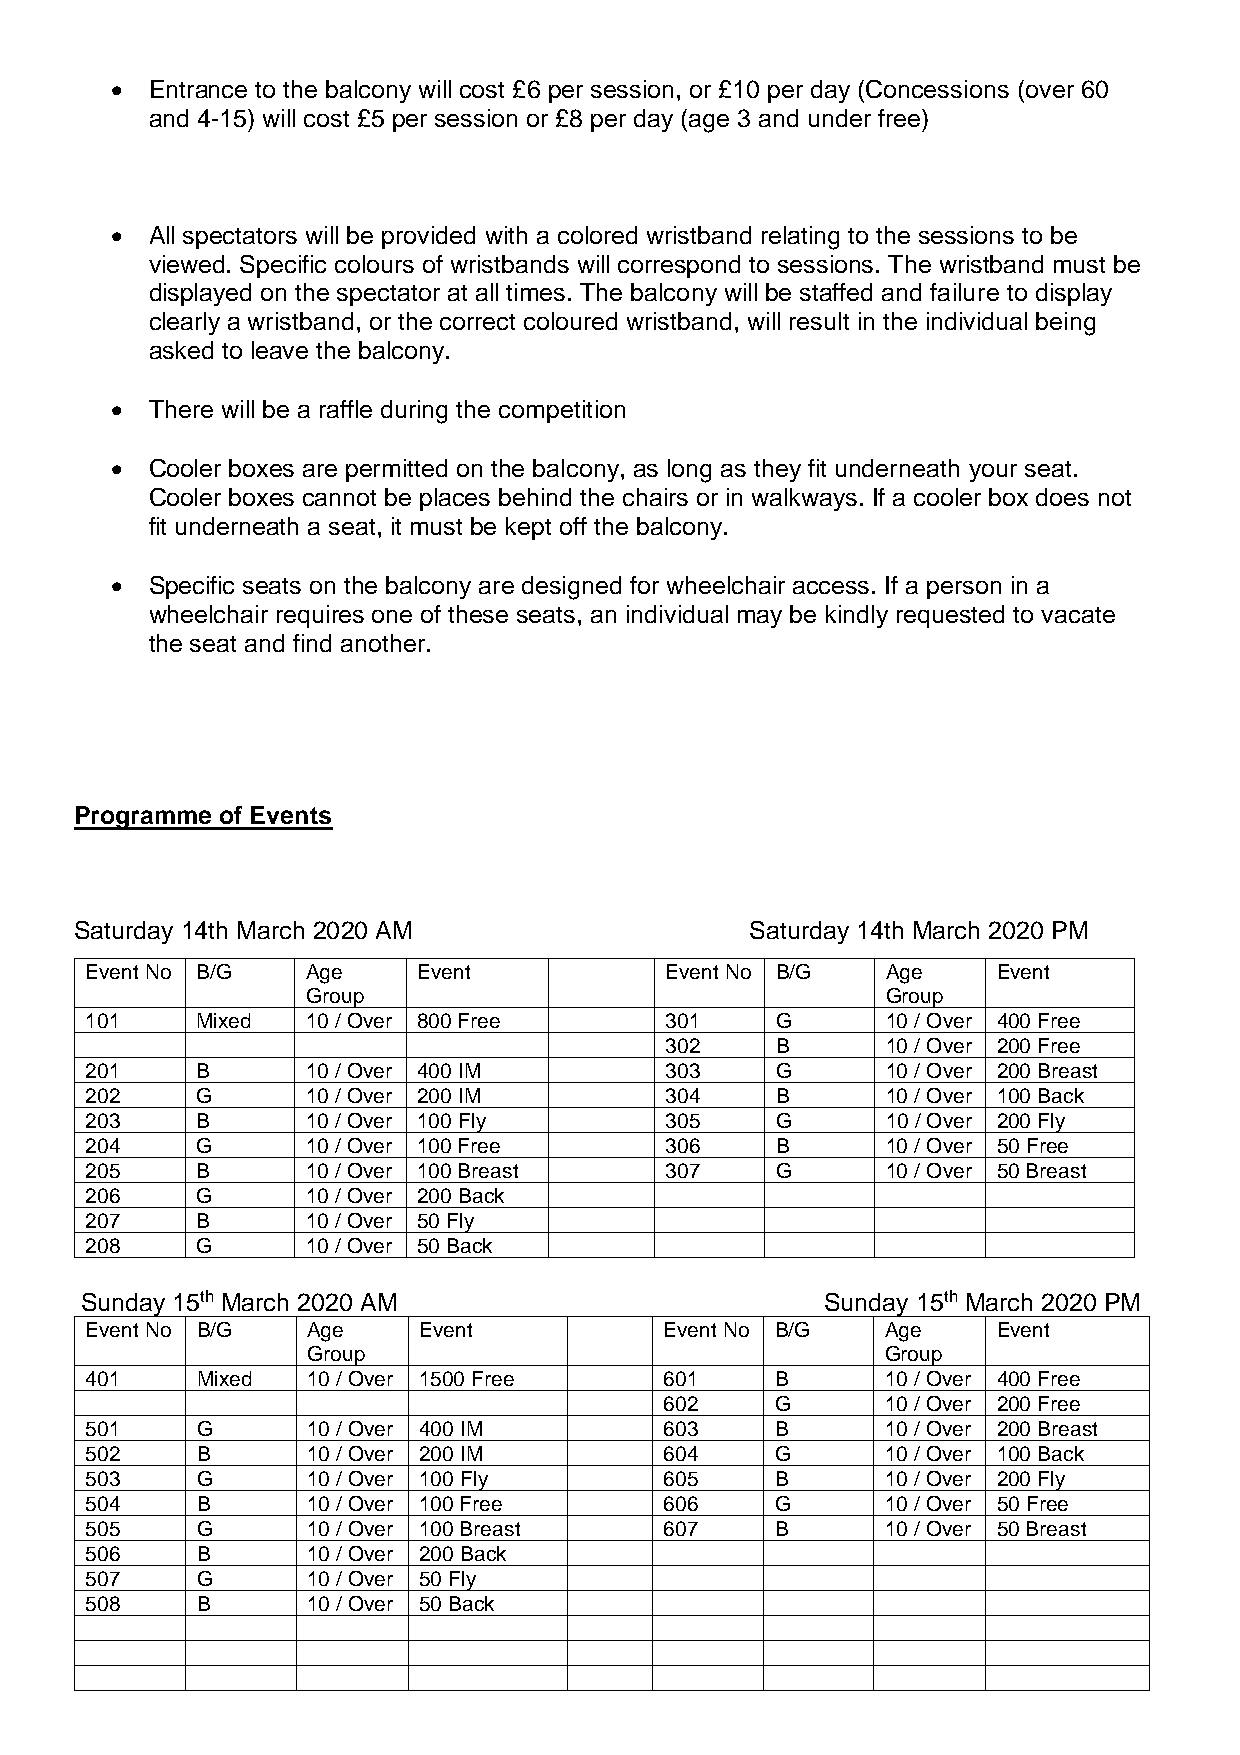
•  Entrance to the balcony will cost £6 per session, or £10 per day (Concessions (over 60
 and 4-15) will cost £5 per session or £8 per day (age 3 and under free)
 •  All spectators will be provided with a colored wristband relating to the sessions to be
 viewed. Specific colours of wristbands will correspond to sessions. The wristband must be
 displayed on the spectator at all times. The balcony will be staffed and failure to display
 clearly a wristband, or the correct coloured wristband, will result in the individual being
 asked to leave the balcony.
 •  There will be a raffle during the competition
 •  Cooler boxes are permitted on the balcony, as long as they fit underneath your seat.
 Cooler boxes cannot be places behind the chairs or in walkways. If a cooler box does not
 fit underneath a seat, it must be kept off the balcony.
 •  Specific seats on the balcony are designed for wheelchair access. If a person in a
 wheelchair requires one of these seats, an individual may be kindly requested to vacate
 the seat and find another.
 Programme of Events
 Saturday 14th March 2020 AM                  Saturday 14th March 2020 PM
 Event No B/G  Age     Event           Event No B/G   Age    Event
 Group                                  Group
 101    Mixed  10 / Over 800 Free      301    G       10 / Over 400 Free
 302    B       10 / Over 200 Free
 201    B      10 / Over 400 IM        303    G       10 / Over 200 Breast
 202    G      10 / Over 200 IM        304    B       10 / Over 100 Back
 203    B      10 / Over 100 Fly       305    G       10 / Over 200 Fly
 204    G      10 / Over 100 Free      306    B       10 / Over 50 Free
 205    B      10 / Over 100 Breast    307    G       10 / Over 50 Breast
 206    G      10 / Over 200 Back
 207    B      10 / Over 50 Fly
 208    G      10 / Over 50 Back
 Sunday 15th March 2020 AM                         Sunday 15th March 2020 PM
 Event No B/G  Age     Event           Event No B/G   Age    Event
 Group                                  Group
 401    Mixed  10 / Over 1500 Free     601    B       10 / Over 400 Free
 602    G       10 / Over 200 Free
 501    G      10 / Over 400 IM        603    B       10 / Over 200 Breast
 502    B      10 / Over 200 IM        604    G       10 / Over 100 Back
 503    G      10 / Over 100 Fly       605    B       10 / Over 200 Fly
 504    B      10 / Over 100 Free      606    G       10 / Over 50 Free
 505    G      10 / Over 100 Breast    607    B       10 / Over 50 Breast
 506    B      10 / Over 200 Back
 507    G      10 / Over 50 Fly
 508    B      10 / Over 50 Back